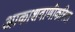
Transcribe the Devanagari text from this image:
आकाशवाणीकरिता